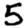
Digit: 5